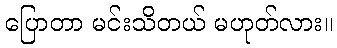
ပြောတာ မင်းသိတယ် မဟုတ်လား။